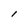
Character: 1